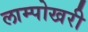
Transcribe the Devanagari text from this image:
लाम्पोखरी